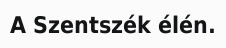
A Szentszék élén.